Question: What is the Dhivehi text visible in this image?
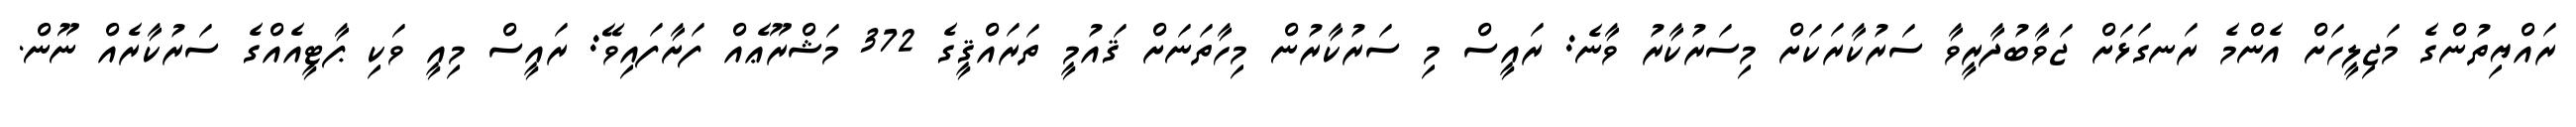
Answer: ރައްޔިތުންގެ މަޖިލީހަށް އެންމެ ރަނގަޅަށް ޖަވާބުދާރީވާ ސަރުކާރަކަށް މިސަރުކާރު ވާނެ: ރައީސް މި ސަރުކާރުން މިހާތަނަށް ޤައުމީ ތަރައްޤީގެ 372 މަޝްރޫޢެއް ފަށާފައިވޭ: ރައީސް މިއީ ވަކި ޕާޓީއެއްގެ ސަރުކާރެއް ނޫން.